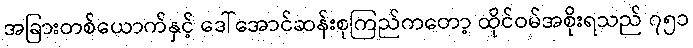
အခြားတစ်ယောက်နှင့် ဒေါ်အောင်ဆန်းစုကြည်ကတော့ ထိုင်ဝမ်အစိုးရသည် ၇၅၁